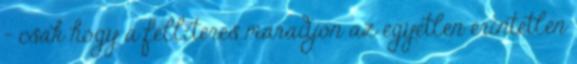
– csak hogy a félliteres maradjon az egyetlen érintetlen